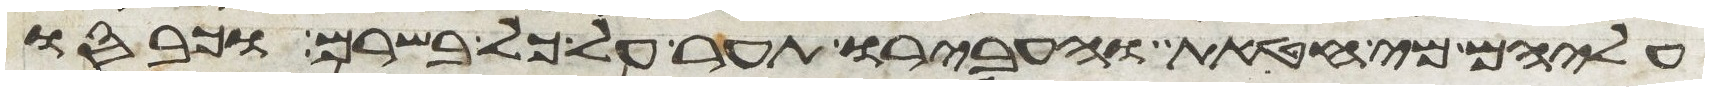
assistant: עליהם מי חטאת והעבירו תער על כל בשרם וכבסו